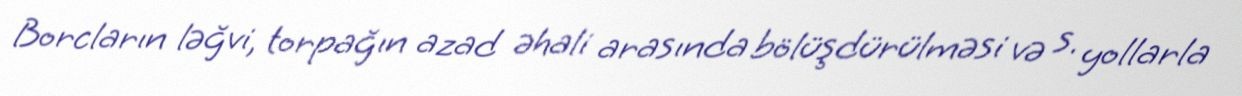
Borcların ləğvi, torpağın azad əhali arasında bölüşdürülməsi və s. yollarla